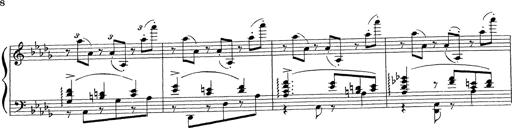
Title: Ballade No.1
Composer: Richard St. Clair